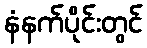
နံနက်ပိုင်းတွင်